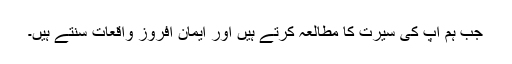
جب ہم آپ کی سیرت کا مطالعہ کرتے ہیں اور ایمان افروز واقعات سنتے ہیں۔